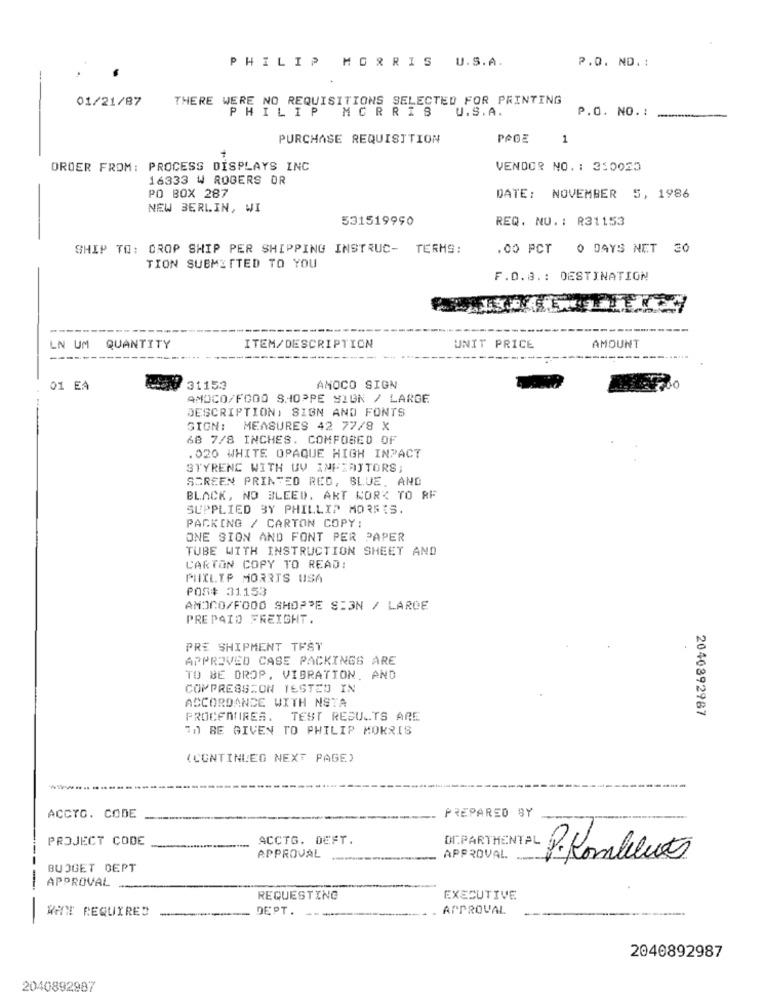
PHILIP MORRIS U.S.A.
P.O. ND. :
01/21/87
THERE WERE NO REQUISITIONS SELECTED FOR PRINTING
PHILIP MORRIS
U.S.A.
P.O. NO. :
---
PURCHASE REQUISITION
PAGE
1
ORDER FROM: PROCESS DISPLAYS INC
VENDOR NO. : 350055
16333 W ROGERS OR
PO BOX 287
DATE: NOVEMBER 5, 1986
NEW BERLIN, WI
531519990
REQ. NU. : R31153
SHIP TO: DROP SHIP PER SHIPPING INSTRUC- TERMS:
.00 PCT 0 DAYS NET 30
TION SUBMITTED TO YOU
F.O.3 .: DESTINATION
----
LN UM QUANTITY
ITEM/DESCRIPTION
UNIT PRICE
AMOUNT
01 EA
31153
AMOCO SIGN
AMOCO/FOOD SHOPPE SIGN / LARGE
DESCRIPTION, SIGN AND FONTS
SIGN: MEASURES 42 77/8 X
68 7/8 INCHES. COMFOBED OF
. 020 WHITE OPAQUE HIGH INPACT
STYRENC WITH UV INFEDITORS;
SCREEN PRINTED RED, BLUE, AND
BLACK, NO BLEED. AKT WORK TO AF
SUPPLIED BY PHILLIP MORRIS.
PACKING / CARTON COPY:
ONE SION AND FONT PER PAPER
TUBE WITH INSTRUCTION SHEET AND
CARTON COPY TO READ:
PHILIP MORRIS USA
POR# 31153
AMOCO/FOOD SHOPPE SI3N / LARGE
PREPAID FREIGHT.
PRE SHIPMENT TEST
APPROVED CASE PACKINGS ARE
TO BE DROP, VIBRATION. AND
COMPRESSION TESTED IN
ACCORDANCE WITH NSTA
2040892987
PROCENTIRES. TEST RESULTS ARE
"1) BE GIVEN TO PHILIP MORRIS
(CONTINUED NEXT PAGE)
ACCTO. CODE
PREPARED BY
PROJECT CODE
ACCTG. DEFT.
APPROVAL
APPROVAL
BUDGET DEPT
APPROVAL -
REQUESTING
EXECUTIVE
WAT REQUIRES
DEPT.
APPROVAL
2040892987
2040892987